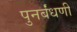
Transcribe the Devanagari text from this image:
पुनर्बंधणी